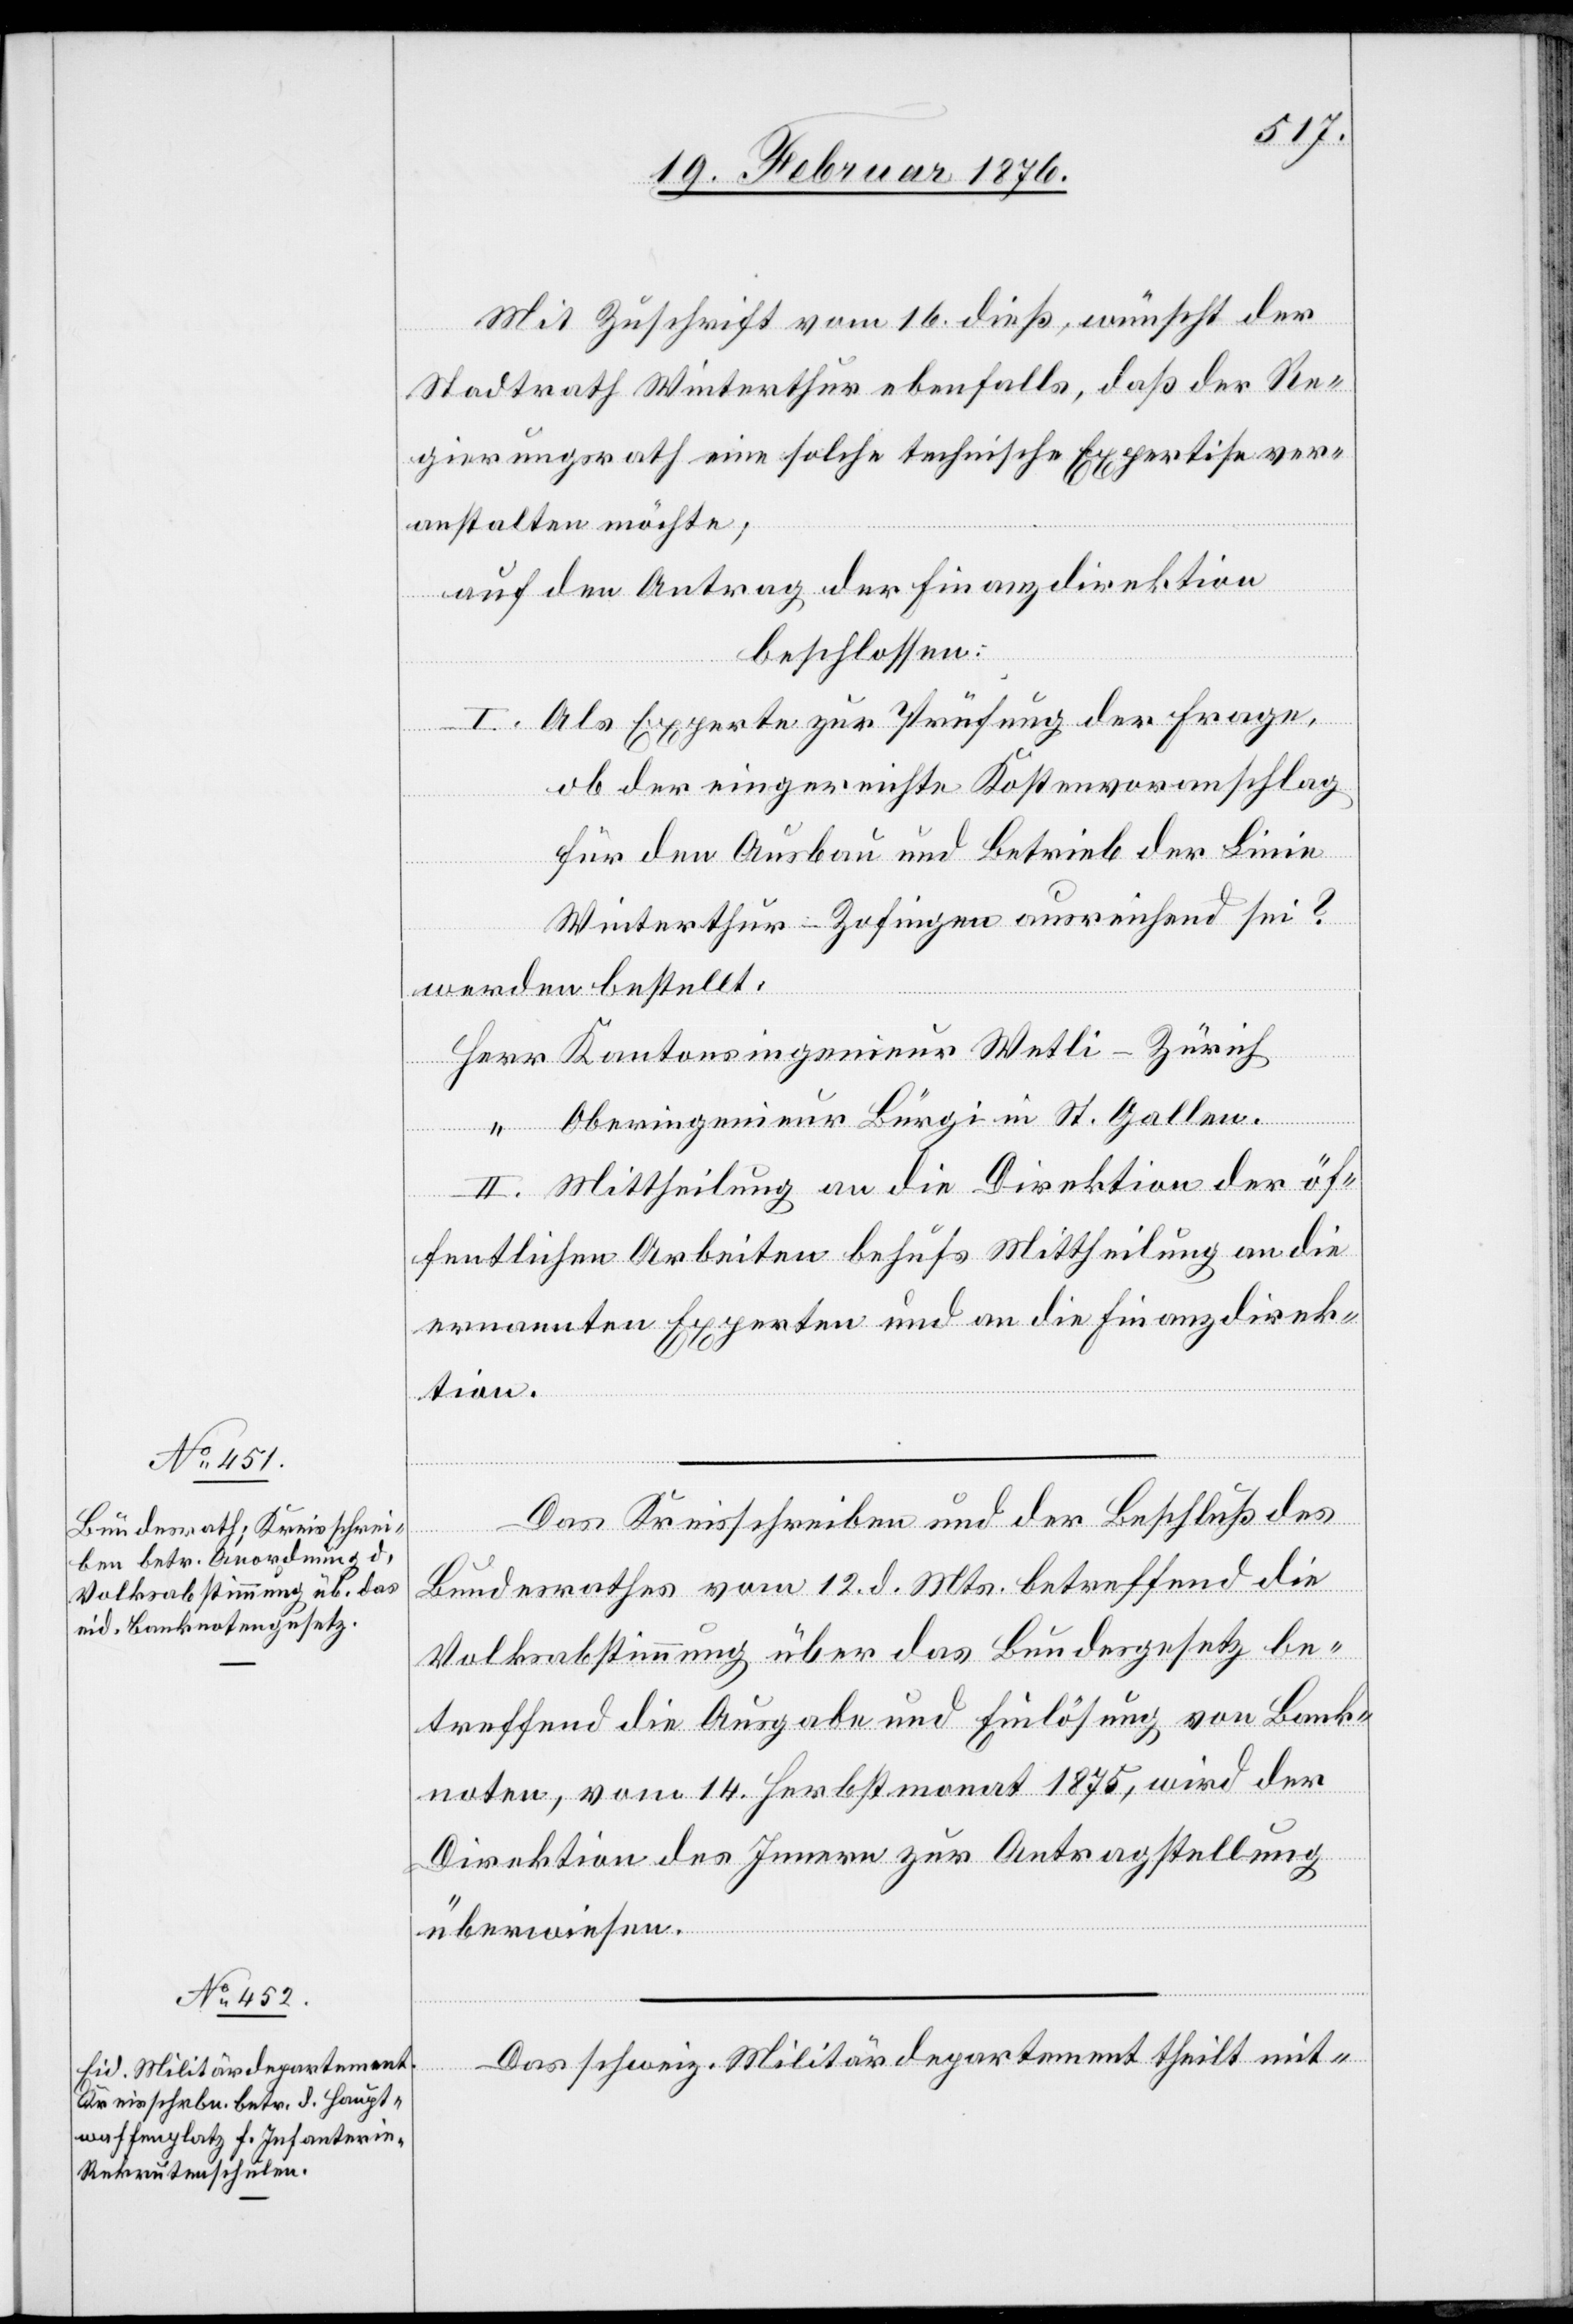
Mit Zuschrift vom 16. dieß, wünscht der
Stadtrath Winterthur ebenfalls, daß der Re¬
gierungsrath eine solche technische Expertise ver¬
anstalten möchte;
auf den Antrag der Finanzdirektion
beschlossen:
I. Als Experte zur Prüfung der Frage,
ob der eingereichte Kostenvoranschlag
für den Ausbau und Betrieb der Linie
Winterthur–Zofingen ausreichend sei?
werden bestellt:
Oberingenieur Bürgi in St. Gallen
II. Mittheilung an die Direktion der öf¬
fentlichen Arbeiten behufs Mittheilung an die
ernannten Experten und an die Finanzdirek¬
tion.
Das Kreisschreiben und der Beschluß des
–
Bundesrathes vom 12. d. Mts. betreffend die
Volksabstimmung über das Bundesgesetz be¬
treffend die Ausgabe und Einlösung von Bank¬
noten, vom 14. Herbstmonat 1875, wird der
Direktion des Innern zur Antragstellung
überwiesen.
Das schweiz. Militärdepartement theilt mit-
genieur